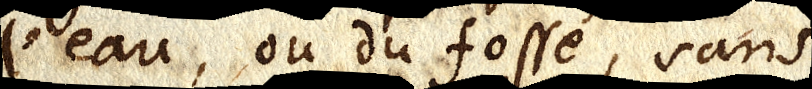
l’eau ou du fossé, sans